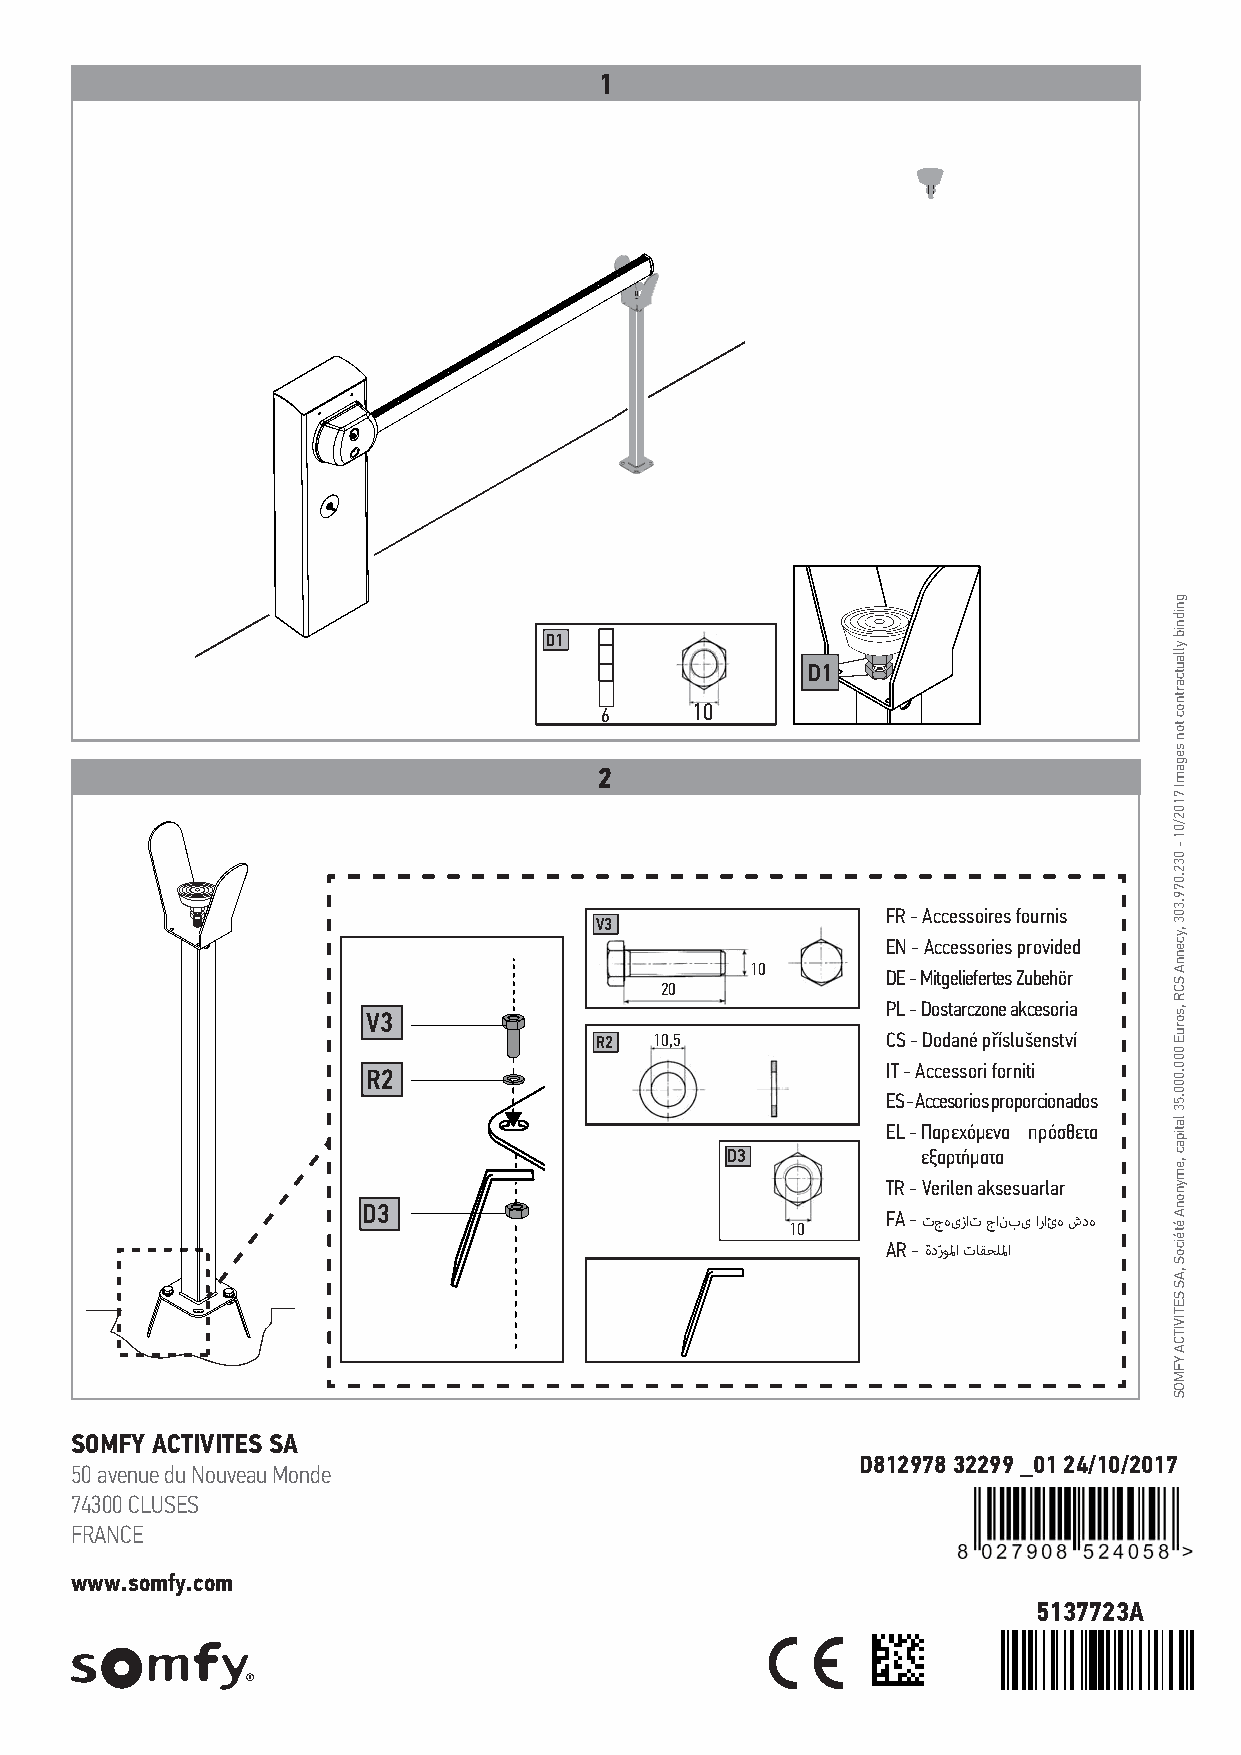
1
 D1
 D1
 6     10
 2
 FR - Accessoires fournis
 V3
 EN - Accessories provided
 10
 DE - Mitgeliefertes Zubehör
 20
 V3                                 PL - Dostarczone akcesoria
 R2  10,5            CS - Dodané příslušenství
 R2                                 IT - Accessori forniti
 ES - Accesorios proporcionados
 EL - Παρεχόμενα πρόσθετα
 D3           εξαρτήματα
 TR - Verilen aksesuarlar
 D3
 FA - تجهیزات جانبی ارائه شده
 10
 AR - ةدرّﻮﳌا تﺎﻘﺤﻠﳌا
 SOMFY ACTIVITES SA
 D812978 32299 _01 24/10/2017
 50 avenue du Nouveau Monde
 74300 CLUSES
 FRANCE
 www.somfy.com
 5137723A
 gnidnib
 yllautcartnoc
 ton
 segamI
 7102/01
 -
 032.079.303
 ,ycennA
 SCR
 ,soruE
 000.000.53
 latipac
 ,emynonA
 étéicoS
 ,AS
 SETIVITCA
 YFMOS